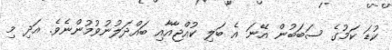
ކުޑަ ކަމުގެ ސަބަބުން އޭނަ އެ ބަލި ކުއްޖާއާއި ބައްދަލުނުވުމުންނެވެ. އަދި މި